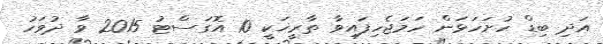
އަދި ބިޑް ހުށަހަޅަން ހަމަޖެހިފައިވާ ތާރީޚަކީ 10 އޮގަސްޓު 2015 ވާ ދުވަހު